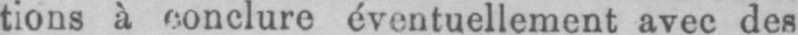
tions à conclure éventuellement avec des